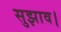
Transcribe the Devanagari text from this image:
सुझाव।